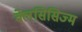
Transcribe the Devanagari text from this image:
क्लेसिसिज्म